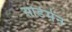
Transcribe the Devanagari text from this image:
सोर्डमेन